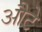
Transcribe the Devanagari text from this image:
औटे